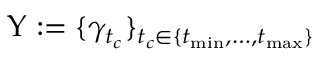
\Upsilon : = \{ \gamma _ { t _ { c } } \} _ { t _ { c } \in \{ t _ { \operatorname* { m i n } } , \dots , t _ { \operatorname* { m a x } } \} }